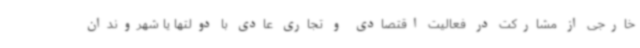
خارجی از مشارکت در فعالیت اقتصادی و تجاری عادی با دولتها یا شهروندان